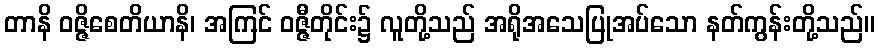
တာနိ ဝဇ္ဇိစေတိယာနိ၊ အကြင် ဝဇ္ဇီတိုင်း၌ လူတို့သည် အရိုအသေပြုအပ်သော နတ်ကွန်းတို့သည်။